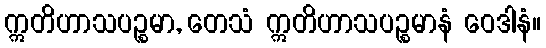
ဣတိဟာသပဉ္စမာ, တေသံ ဣတိဟာသပဉ္စမာနံ ဝေဒါနံ။